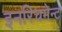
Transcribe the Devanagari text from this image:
इनरिचमेन्ट